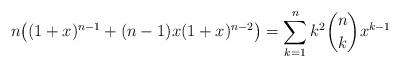
LaTeX: \begin{align*} n\big((1+x)^{n-1} + (n-1)x(1+x)^{n-2}\big) = \sum_{k=1}^n k^2\binom{n}{k}x^{k-1}\end{align*}